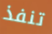
تنفذ